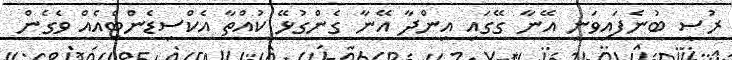
ރުސީ ބުނެފައިވަނީ އޭނާ ގޭގައި އިންދާ އޭނާ ގެންގުޅޭ ކުއްތާ އެކްސިޑެންޓްއެއް ވެގެން